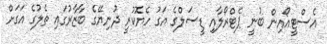
އެސްޓީއޯއިން ބުނީ ޕެޓްރޯލާއި ޑީސަލްގެ އަގު ހެޔޮކުރީ ދުނިޔޭގެ ބާޒާރުގައި ތެލުގެ އަގަށް